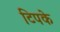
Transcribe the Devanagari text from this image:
टिपके